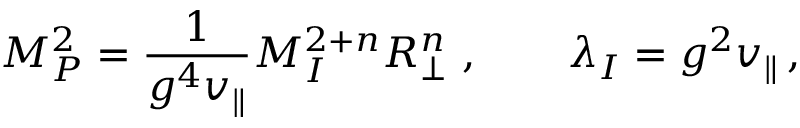
M _ { P } ^ { 2 } = \frac { 1 } { g ^ { 4 } v _ { \parallel } } M _ { I } ^ { 2 + n } R _ { \perp } ^ { n } \ , \qquad \lambda _ { I } = g ^ { 2 } v _ { \parallel } \, ,